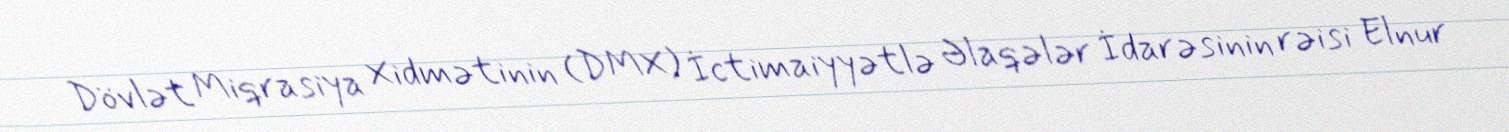
Dövlət Miqrasiya Xidmətinin (DMX) İctimaiyyətlə Əlaqələr İdarəsinin rəisi Elnur